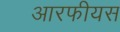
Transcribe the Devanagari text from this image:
आरफीयस